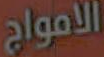
الامواج